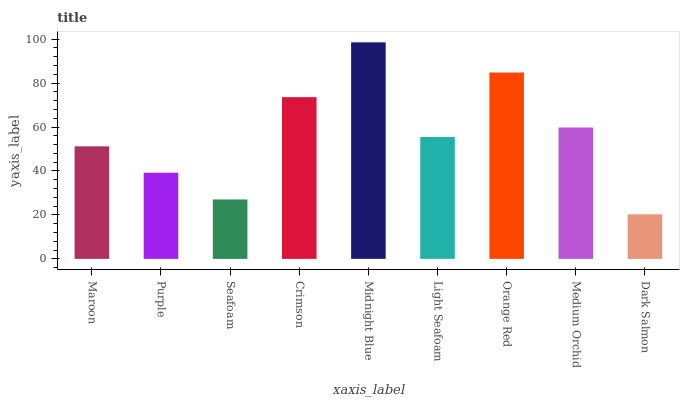
| xaxis_label | bars |
 | --- | --- |
 | Maroon | 51.2 |
 | Purple | 39.2 |
 | Seafoam | 27 |
 | Crimson | 73.6 |
 | Midnight Blue | 98.6 |
 | Light Seafoam | 55.5 |
 | Orange Red | 84.8 |
 | Medium Orchid | 59.8 |
 | Dark Salmon | 20.3 |